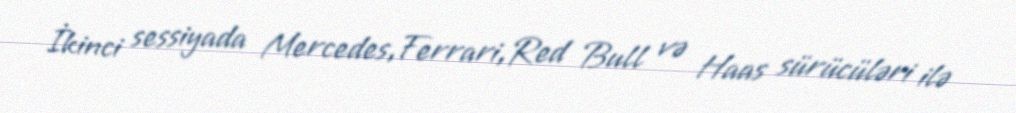
İkinci sessiyada Mercedes,Ferrari,Red Bull və Haas sürücüləri ilə